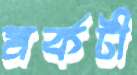
মর্কটী